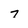
Character: 7